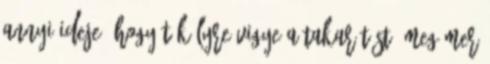
annyi ideje, hogy tökélyre vigye a takarítást. Meg mer